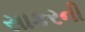
સાકરની